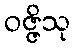
ဝဇ္ဇိသု